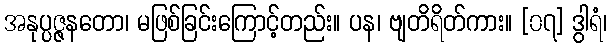
အနုပ္ပဇ္ဇနတော၊ မဖြစ်ခြင်းကြောင့်တည်း။ ပန၊ ဗျတိရိတ်ကား။ [၀၇] ဒွါရံ၊